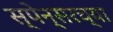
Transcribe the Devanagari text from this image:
स्पेन्सरच्या